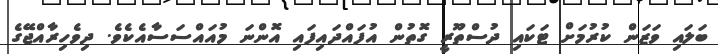
ބަލައި ވަޒަން ކުރުމަށް ޓަކައި ދުސްތޫރީ ގޮތުން އުފައްދައިފައި އޮންނަ މުއައްސަސާއެކެވެ. ދިވެހިރާއްޖޭގެ